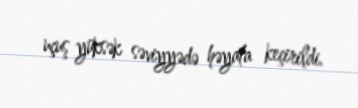
uçuş yüksək səviyyədə həyata keçirildi.